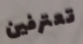
تعترفين